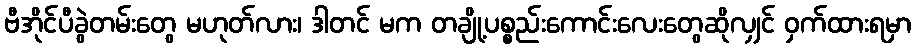
ဗီအိုင်ပီခွဲတမ်းတွေ မဟုတ်လား၊ ဒါတင် မက တချို့ပစ္စည်းကောင်းလေးတွေဆိုလျှင် ဝှက်ထားရမှာ